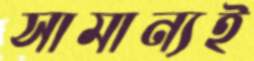
সামান্যই